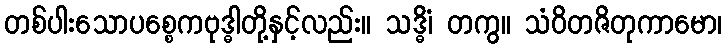
တစ်ပါးသောပစ္စေကဗုဒ္ဓါတို့နှင့်လည်း။ သဒ္ဓိံ၊ တကွ။ သံဝိတဇိတုကာမော၊